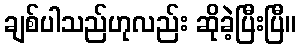
ချစ်ပါသည်ဟုလည်း ဆိုခဲ့ပြီးပြီ။